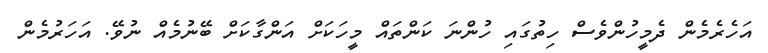
އަހެރެމެން ދެމީހުންވެސް ހިތުގައި ހުންނަ ކަންތައް މީހަކަށް އަންގާކަށް ބޭނުމެއް ނުވޭ. އަހަރުމެން